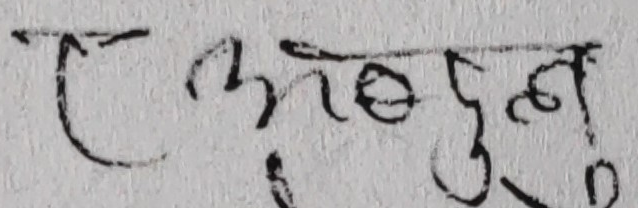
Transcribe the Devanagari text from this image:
कठुलु